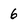
Character: 6